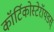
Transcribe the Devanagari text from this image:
कॉर्टिकोस्टेरॉयडस्